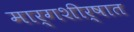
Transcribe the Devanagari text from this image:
मार्गशीर्षात